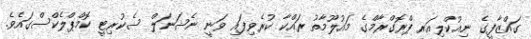
ގައްޒާފީގެ ނިއުކްލިއަރ ޕްރޮގްރާމްގެ މައުލޫމާތު ރައްކާ ކުރެވިފައި ވަނީ ނެޝަނަލް ސެކުރިޓީ ކޮމްޕްލެކްސްގައެވެ.